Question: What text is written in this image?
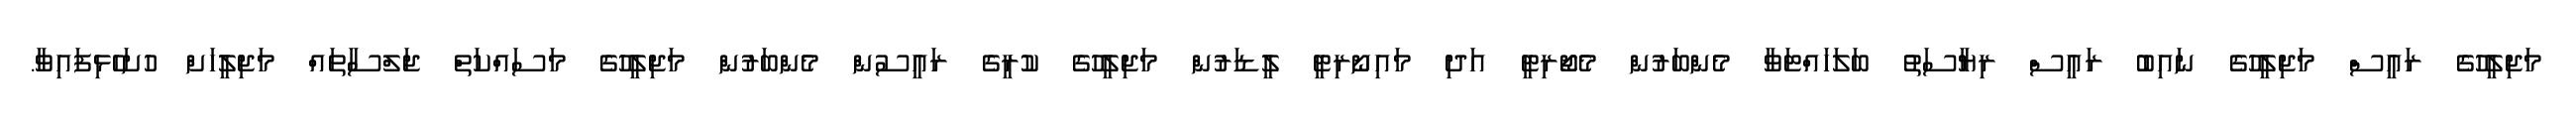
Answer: މަޖިލީހުގެ ރައީސް މަޖިލީހުގެ ނައިބު ރައީސް ރިޔާސަތު ބަލަހައްޓަވާ މެންބަރުން މެޖޯރިޓީ އަދި މައިނޯރިޓީ ލީޑަރުން މަޖިލީހުގެ ކުރީގެ ރައީސުން މެންބަރުން މަޖިލީހުގެ މަސައްކަތް ޖަލްސާތައް މަޖިލީހަށް ހުށަހެޅިފައިވާ.